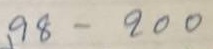
98 - 200